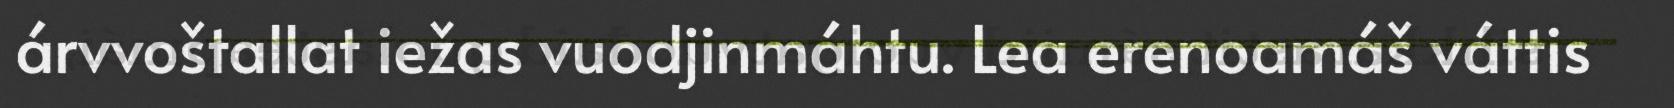
árvvoštallat iežas vuodjinmáhtu. Lea erenoamáš váttis